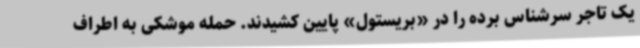
یک تاجر سرشناس برده را در «بریستول» پایین کشیدند. حمله موشکی به اطراف